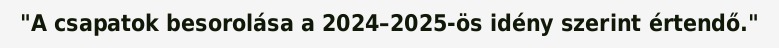
"A csapatok besorolása a 2024–2025-ös idény szerint értendő."